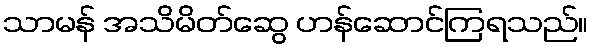
သာမန် အသိမိတ်ဆွေ ဟန်ဆောင်ကြရသည်။